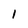
Character: 1